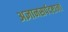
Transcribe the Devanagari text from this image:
अज्ञानसर्पदष्टानां